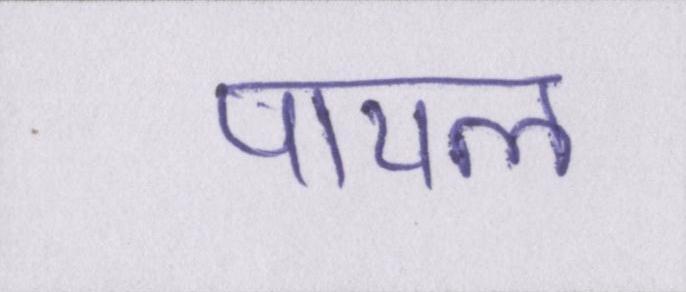
पायल